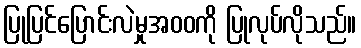
ပြုပြင်ပြောင်းလဲမှုအဝဝကို ပြုလုပ်လိုသည်။